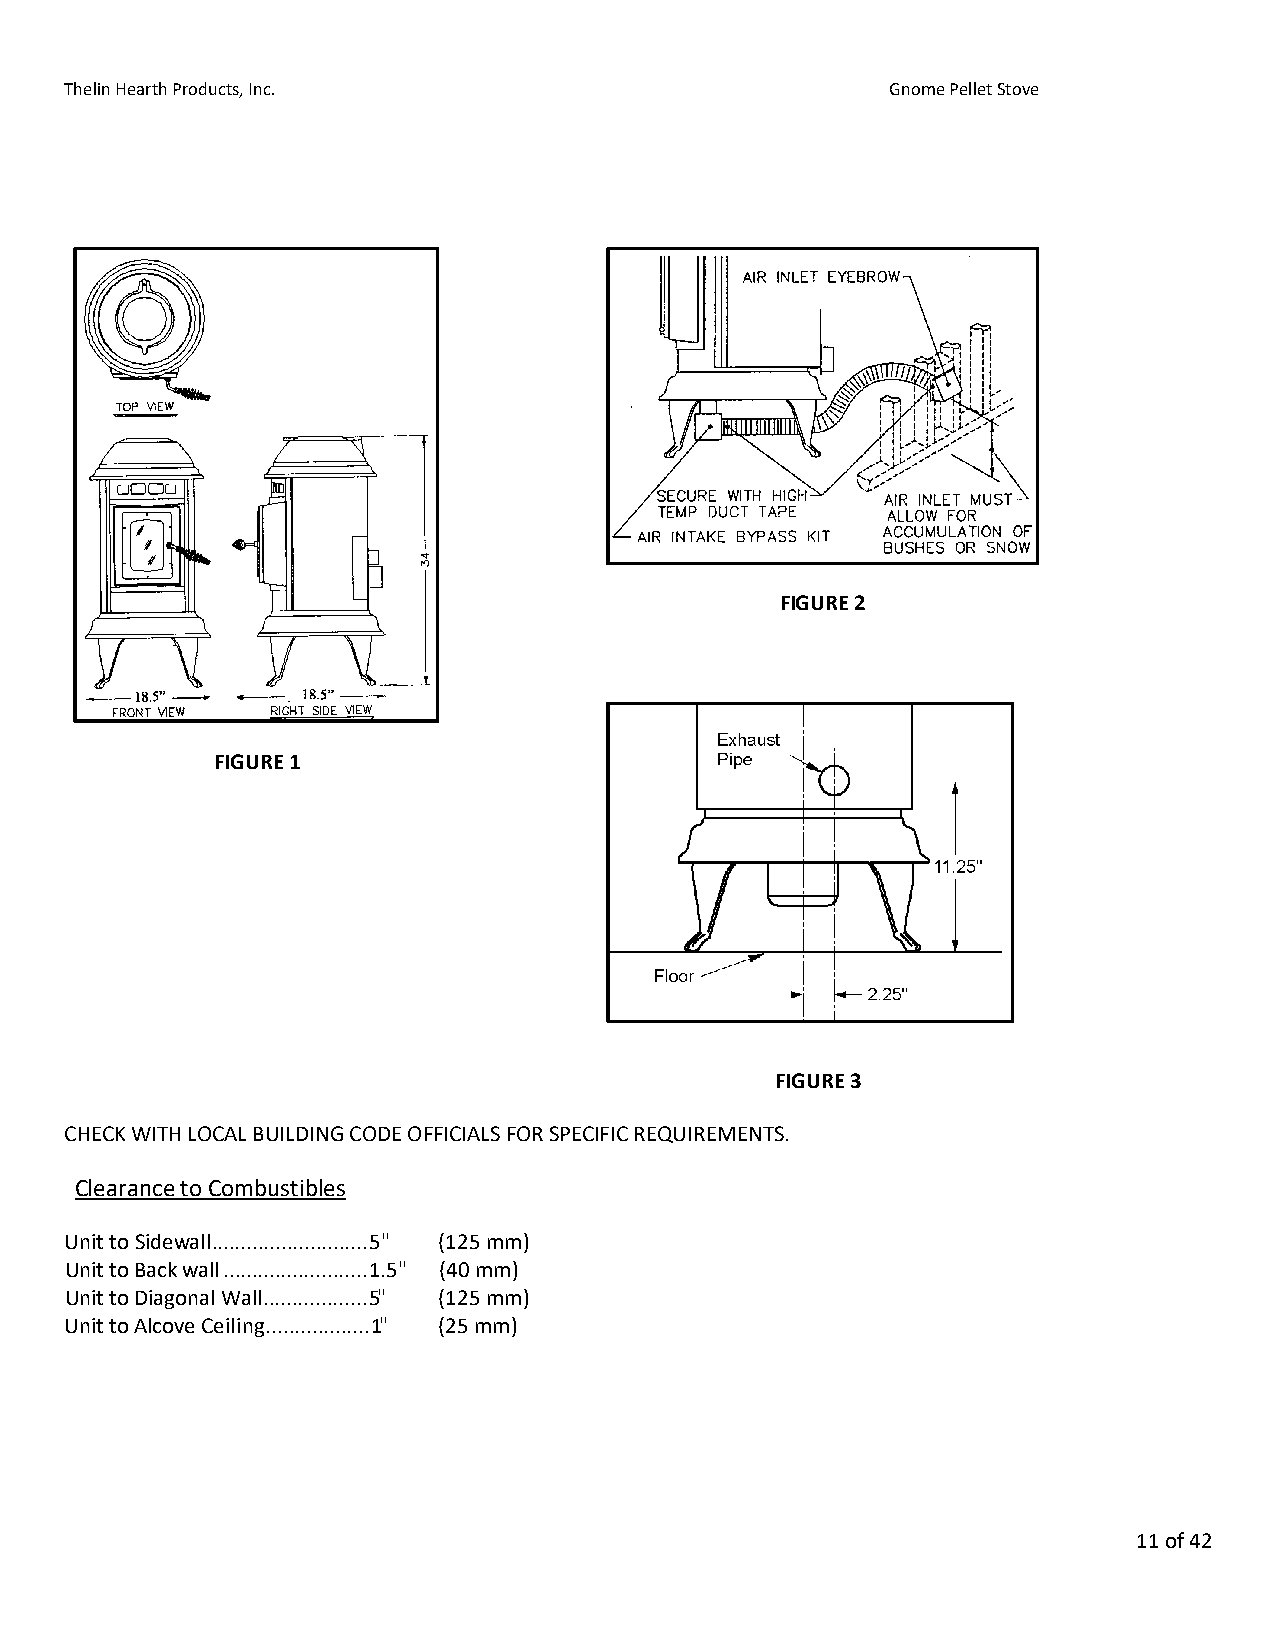
Thelin Hearth Products, Inc.                           Gnome Pellet Stove
 FIGURE 2
 FIGURE 1
 FIGURE 3
 CHECK WITH LOCAL BUILDING CODE OFFICIALS FOR SPECIFIC REQUIREMENTS.
 Clearance to Combustibles
 Unit to Sidewall ........................... 5" (125 mm)
 Unit to Back wall ......................... 1.5" (40 mm)
 Unit to Diagonal Wall .................. 5" (125 mm)
 Unit to Alcove Ceiling .................. 1" (25 mm)
 11 of 42